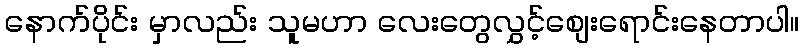
နောက်ပိုင်း မှာလည်း သူမဟာ လေးတွေလွှင့်စျေးရောင်းနေတာပါ။